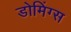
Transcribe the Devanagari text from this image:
डोमिंग्स